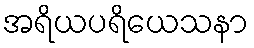
အရိယပရိယေသနာ